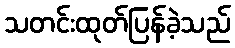
သတင်းထုတ်ပြန်ခဲ့သည်